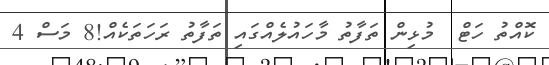
ކޮއްތު ހަޓް  މުޅިން ތަފާތު މާހައުލެއްގައި ތަފާތު ރަހަތަކެއް!8 މަސް 4